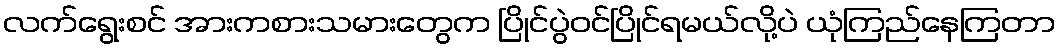
လက်ရွေးစင် အားကစားသမားတွေက ပြိုင်ပွဲဝင်ပြိုင်ရမယ်လို့ပဲ ယုံကြည်နေကြတာ